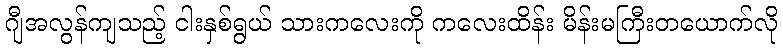
ဂျီအလွန်ကျသည့် ငါးနှစ်ရွယ် သားကလေးကို ကလေးထိန်း မိန်းမကြီးတယောက်လို